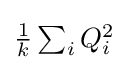
{\textstyle {\frac {1}{k}}\sum _{i}Q_{i}^{2}}